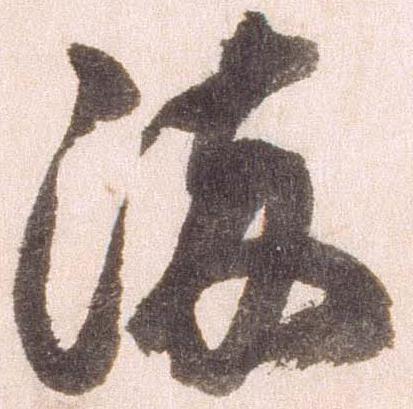
染